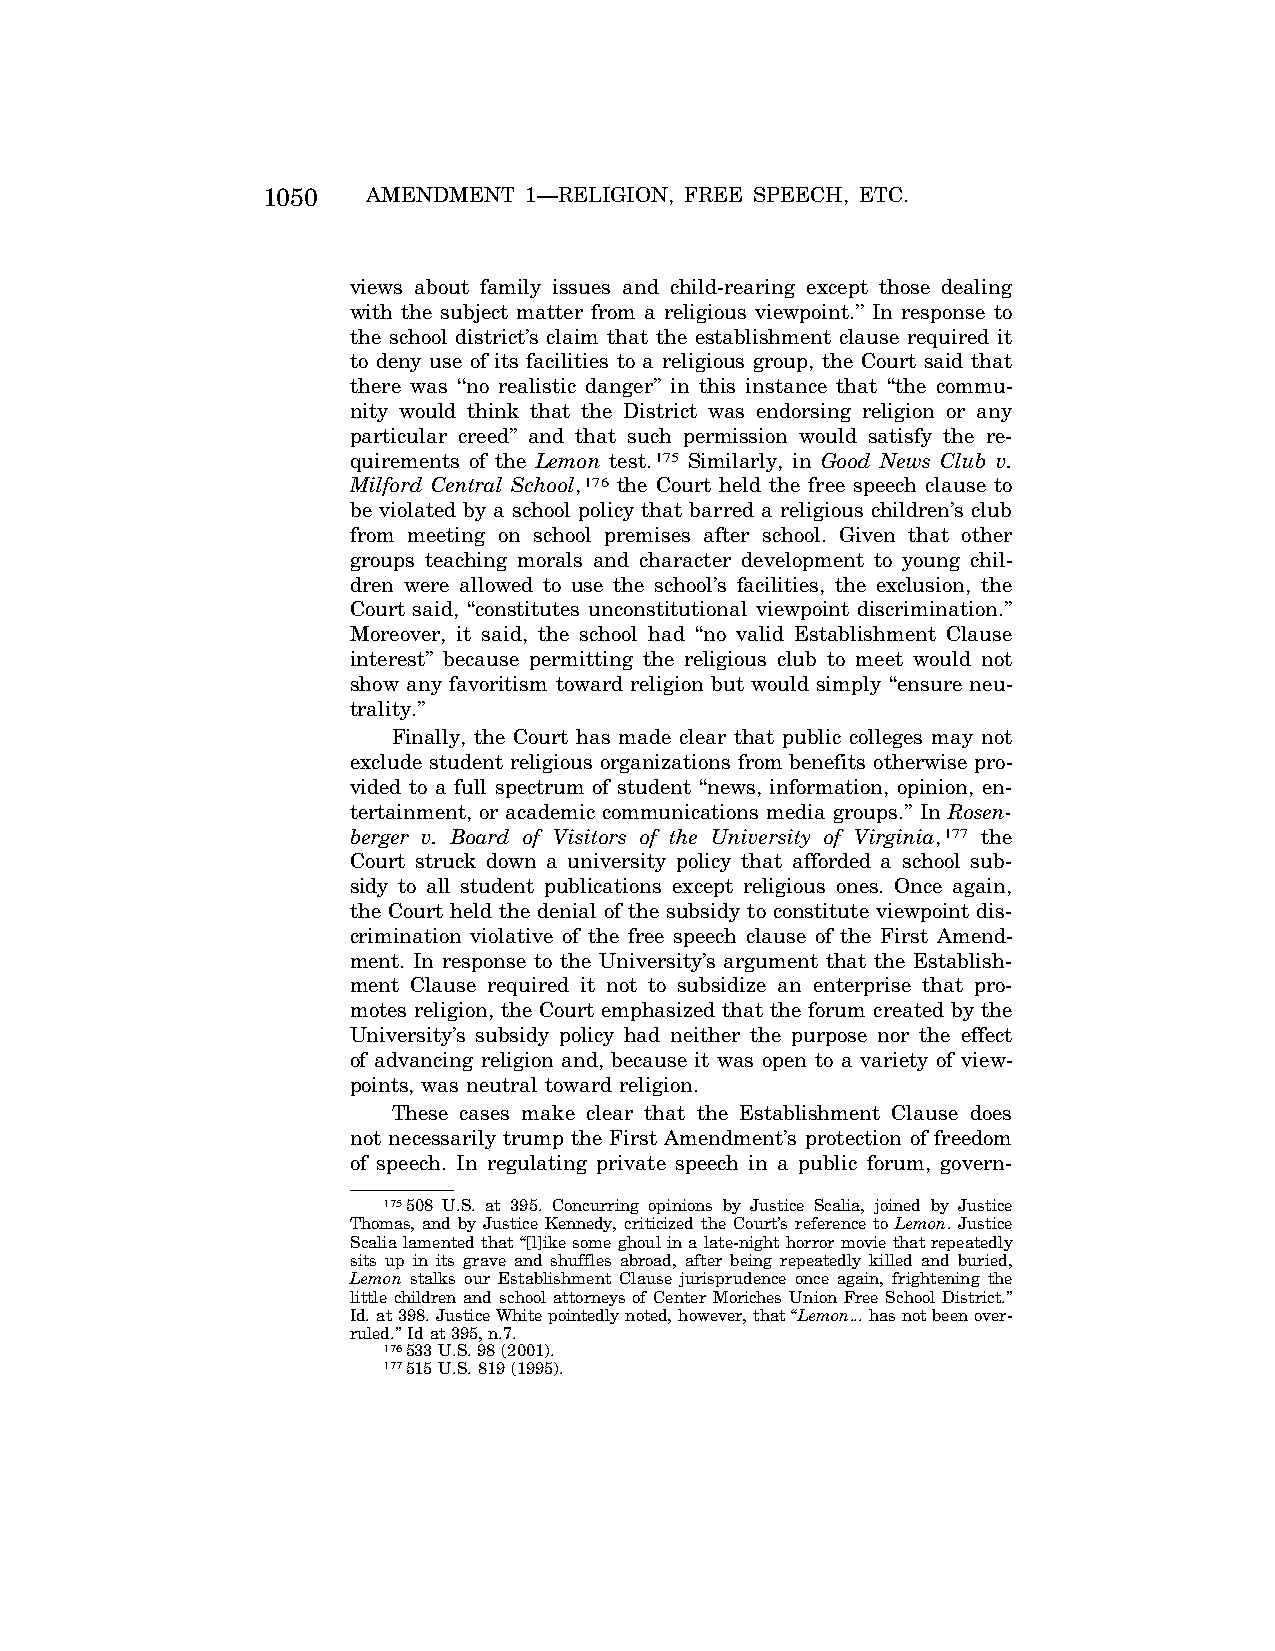
1050   AMENDMENT  1—RELIGION, FREE SPEECH, ETC.
 views about family issues and child-rearing except those dealing
 with the subject matter from a religious viewpoint.’’ In response to
 the school district’s claim that the establishment clause required it
 to deny use of its facilities to a religious group, the Court said that
 there was ‘‘no realistic danger’’ in this instance that ‘‘the commu-
 nity would think that the District was endorsing religion or any
 particular creed’’ and that such permission would satisfy the re-
 quirements of the Lemon test.175 Similarly, in Good News Club v.
 Milford Central School,176 the Court held the free speech clause to
 be violated by a school policy that barred a religious children’s club
 from meeting on school premises after school. Given that other
 groups teaching morals and character development to young chil-
 dren were allowed to use the school’s facilities, the exclusion, the
 Court said, ‘‘constitutes unconstitutional viewpoint discrimination.’’
 Moreover, it said, the school had ‘‘no valid Establishment Clause
 interest’’ because permitting the religious club to meet would not
 show any favoritism toward religion but would simply ‘‘ensure neu-
 trality.’’
 Finally, the Court has made clear that public colleges may not
 exclude student religious organizations from benefits otherwise pro-
 vided to a full spectrum of student ‘‘news, information, opinion, en-
 tertainment, or academic communications media groups.’’ In Rosen-
 berger v. Board of Visitors of the University of Virginia,177 the
 Court struck down a university policy that afforded a school sub-
 sidy to all student publications except religious ones. Once again,
 the Court held the denial of the subsidy to constitute viewpoint dis-
 crimination violative of the free speech clause of the First Amend-
 ment. In response to the University’s argument that the Establish-
 ment Clause required it not to subsidize an enterprise that pro-
 motes religion, the Court emphasized that the forum created by the
 University’s subsidy policy had neither the purpose nor the effect
 of advancing religion and, because it was open to a variety of view-
 points, was neutral toward religion.
 These cases make clear that the Establishment Clause does
 not necessarily trump the First Amendment’s protection of freedom
 of speech. In regulating private speech in a public forum, govern-
 175508 U.S. at 395. Concurring opinions by Justice Scalia, joined by Justice
 Thomas, and by Justice Kennedy, criticized the Court’s reference to Lemon. Justice
 Scalia lamented that ‘‘[l]ike some ghoul in a late-night horror movie that repeatedly
 sits up in its grave and shuffles abroad, after being repeatedly killed and buried,
 Lemon stalks our Establishment Clause jurisprudence once again, frightening the
 little children and school attorneys of Center Moriches Union Free School District.’’
 Id. at 398. Justice White pointedly noted, however, that ‘‘Lemon... has not been over-
 ruled.’’ Id at 395, n.7.
 176533 U.S. 98 (2001).
 177515 U.S. 819 (1995).
 VerDate Apr<15>2004 08:57 Jun 25, 2004 Jkt 077500 PO 00000 Frm 00038 Fmt 8222 Sfmt 8222 C:\CONAN\CON024.SGM PRFM99 PsN: CON024